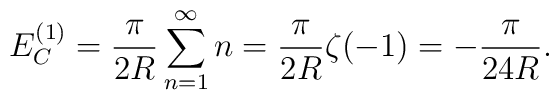
E_C^{(1)}=\frac{\pi}{2 R}\sum\limits_{n=1}^{\infty}n=\frac{\pi}{2 R}\zeta(-1)=-\frac{\pi}{24 R}.